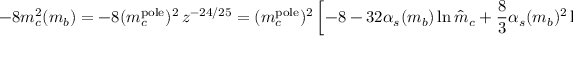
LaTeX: - 8 m _ { c } ^ { 2 } ( m _ { b } ) = - 8 ( m _ { c } ^ { \mathrm { p o l e } } ) ^ { 2 } \, z ^ { - 2 4 / 2 5 } = ( m _ { c } ^ { \mathrm { p o l e } } ) ^ { 2 } \left[ - 8 - 3 2 \alpha _ { s } ( m _ { b } ) \ln \hat { m } _ { c } + { \frac { 8 } { 3 } } \alpha _ { s } ( m _ { b } ) ^ { 2 } \ln ^ { 2 } \hat { m } _ { c } + \dots \right] \, ,